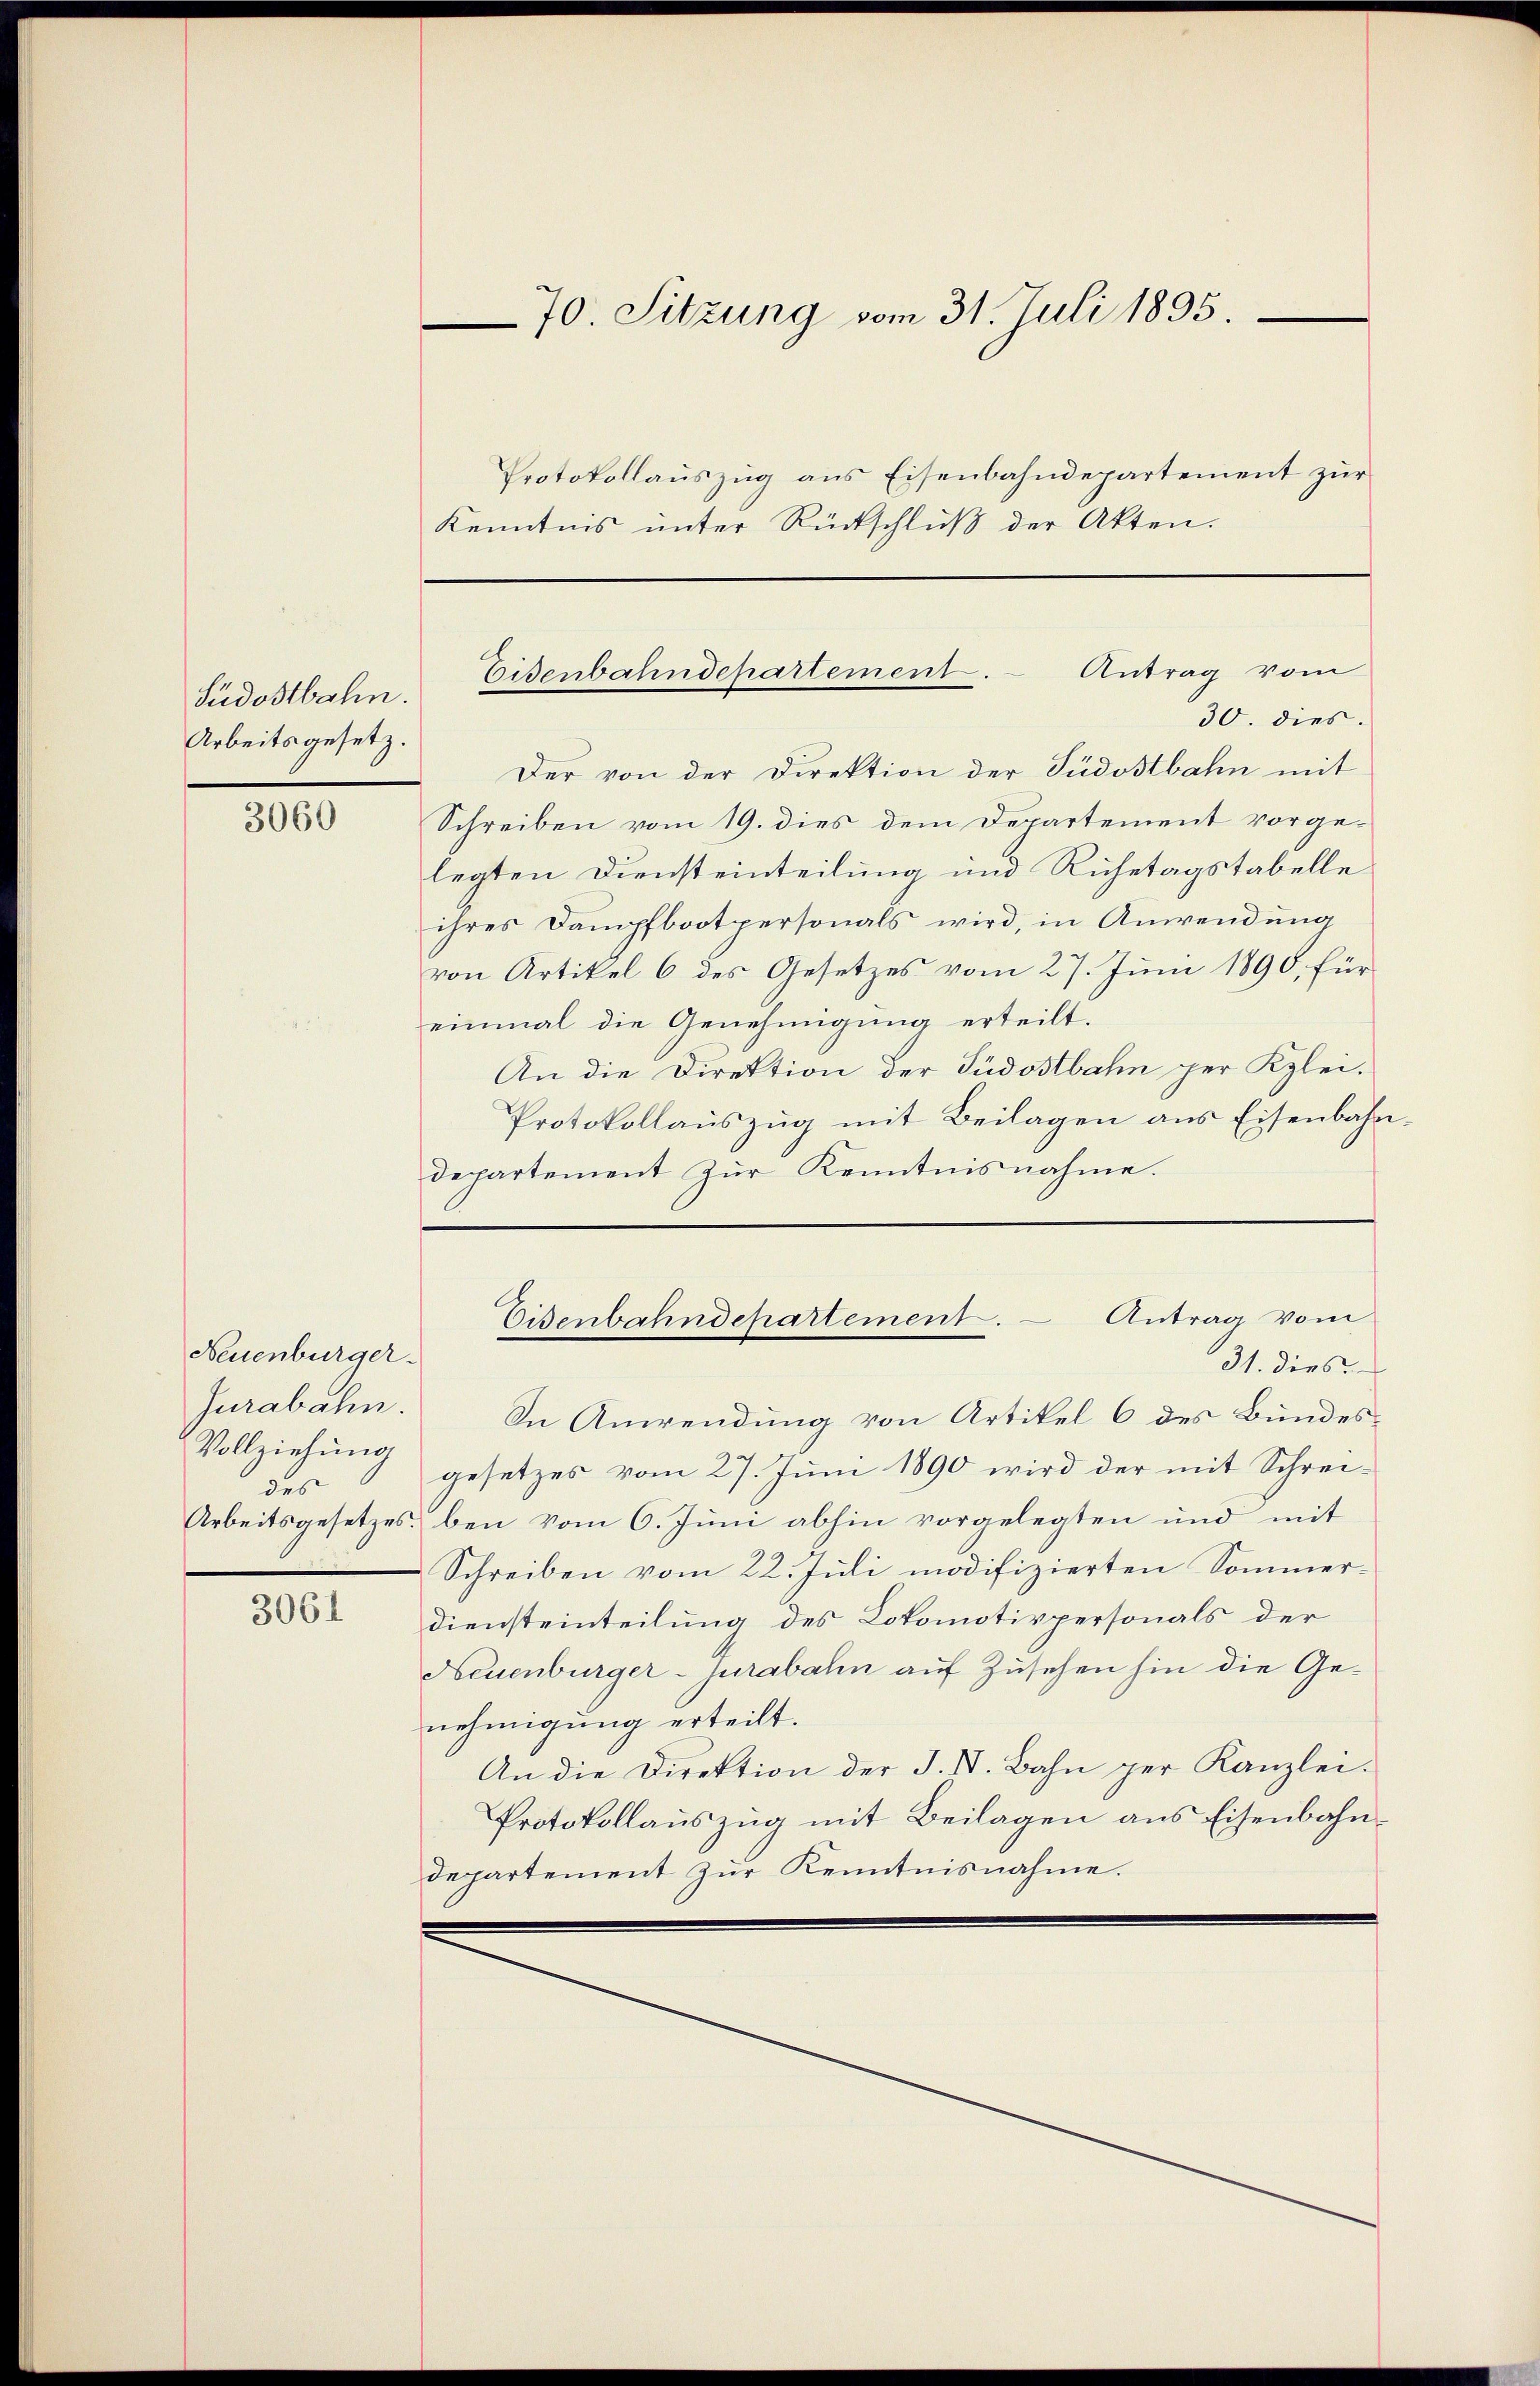
Südostbahn.
Arbeitsgesetz.

3060

Neuenburger.
Jurabahn.
Vollziehung
des

3061

Protokollauszug aus Eisenbahndepartement zur
Kenntnis unter Rückschluß der Akten.

70. Sitzung vom 31. Juli 1895.

Der von der Direktion der Südostbahn mit
Schreiben vom 19. dies dem Departement vorgelegten Diensteinteilung und Ruhetagstabelle
ihres Dampfbootpersonals wird, in Anwendung
von Artikel 6 des Gesetzes vom 27. Juni 1890, für
einmal die Genehmigung erteilt.
An die Direktion der Südostbahn per Klei¬
Protokollauszug mit Beilagen aus Eisenbahndepartement zur Kenntnisnahme.

Eisenbahndepartement. - Antrag vom
30. dies.

In Anwendung von Artikel 6 des Bundesgesetzes vom 27. Juni 1890 wird der mit Schrei¬
Arbeitsgesetzes, bei vom 6. Juni abhin vorgelegten und mit
Schreiben vom 22. Juli modifizierten Sommer¬
Diensteinteilung des Lokomotivpersonals der
Neuenburger- jurabahn auf Zusehen hin die Genehmigung erteilt.
An die Direktion der J. V. Bahn per Kanzlei.
Protokollauszug mit Beilagen aus Eisenbahndepartement zur Kenntnisnahme.

Eisenbahndepartement. Antrag vom
31. dies